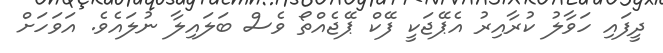
ދީފައި ހަވާލު ކުރާއިރު އެޕޭޖަކީ ފޭކް ޕޭޖެއްތޯ ވެސް ބަލައިލާ ނުލައެވެ. އަވަހަށް